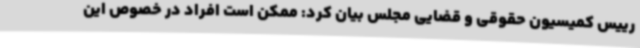
رییس کمیسیون حقوقی و قضایی مجلس بیان کرد: ممکن است افراد در خصوص این